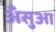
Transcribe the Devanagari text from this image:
अँसुआ